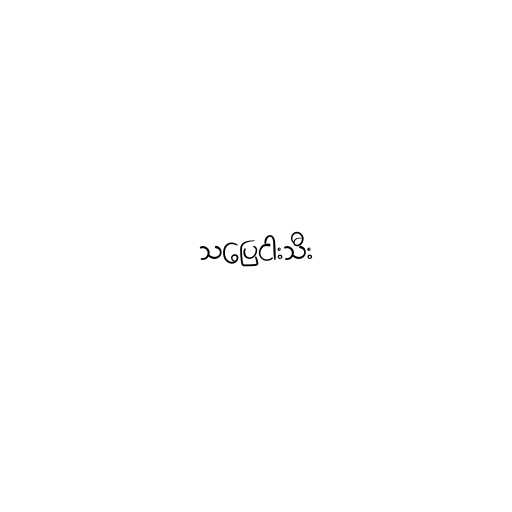
သပြေငါးသီး